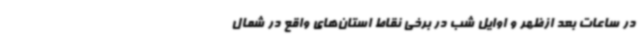
در ساعات بعد ازظهر و اوایل شب در برخی نقاط استان‌های واقع در شمال